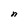
Character: n